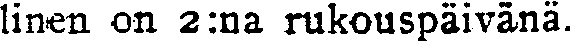
linen on 2:na rukouspäivänä.